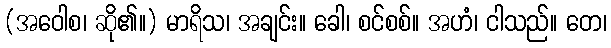
(အဝေါစ၊ ဆို၏။) မာရိသ၊ အချင်း။ ခေါ၊ စင်စစ်။ အဟံ၊ ငါသည်။ တေ၊